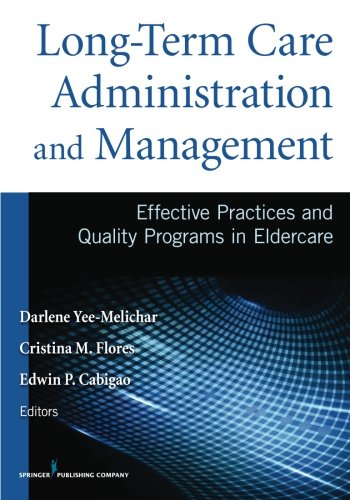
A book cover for Long-Term Care Administration and Management: Effective Practices and Quality Programs in Eldercare; Darlene Yee-Melichar EdD; Medical Books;